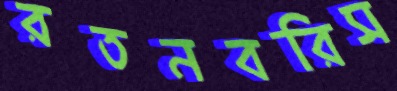
রতনবরিস